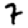
Digit: 7